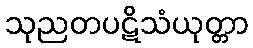
သုညတပဋိသံယုတ္တာ